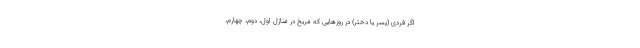
اگر فردی (پسر یا دختر) در روز‌هایی که مریخ در منازل اول، دوم، چهارم،